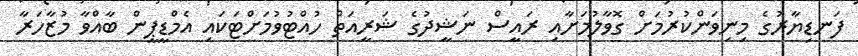
ފަނޑިޔާރުގެ މިނިވަންކުރުމަށް ގޮވާލުމަށާއި ރައީސް ނަޝީދުގެ ޝަރީއަތް ހުއްޓުވުމަށްޓަކައި އެމްޑީޕީން ބާއްވާ މުޒާހަރާ